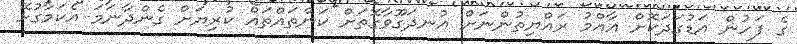
ގެ ފަހުން އަޑުގަދަކޮށް ޢާއްމު ރައްޔިތުންނަށް އުނދަގޫވާގޮތަށް ކަންތައްތައް ކުރިޔަށް ގެންދާނަމަ އެކަމާގުޅޭ